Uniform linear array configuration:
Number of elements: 16
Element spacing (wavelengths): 0.75
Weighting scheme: uniform
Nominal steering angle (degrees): -30
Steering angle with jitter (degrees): -29.873
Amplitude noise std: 0.05
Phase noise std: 0.05

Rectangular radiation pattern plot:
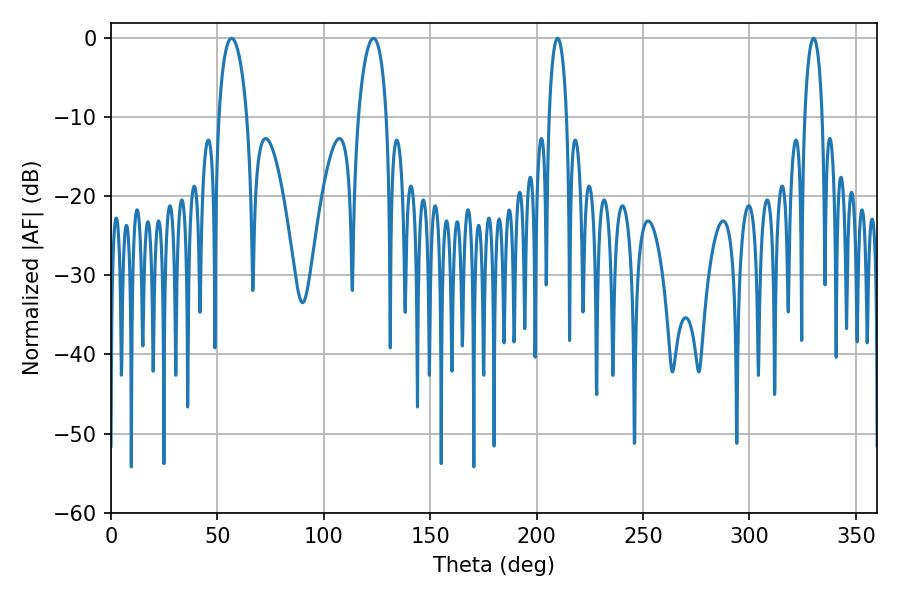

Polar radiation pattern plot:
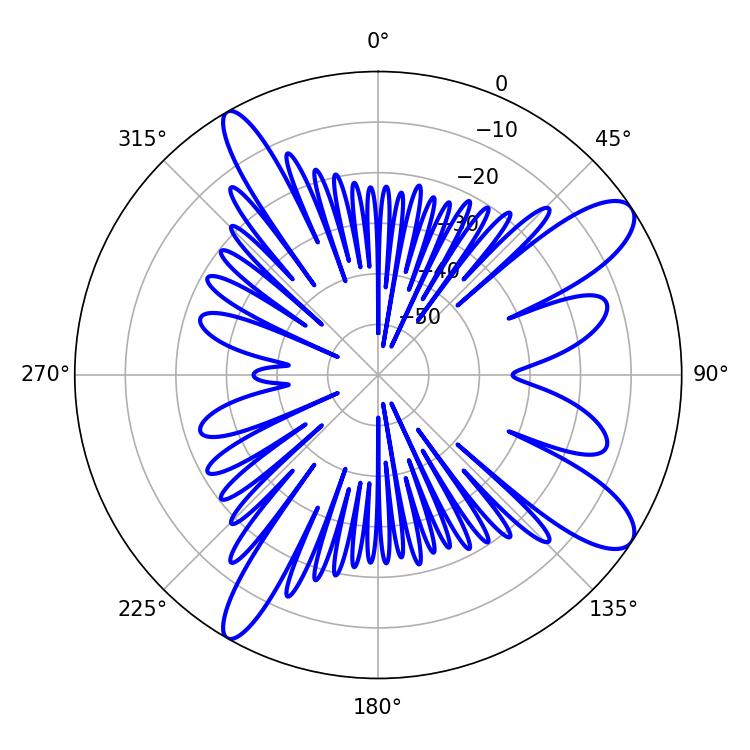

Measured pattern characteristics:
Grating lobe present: TRUE
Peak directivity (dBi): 11.044
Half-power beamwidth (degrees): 7.56
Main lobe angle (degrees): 56.7